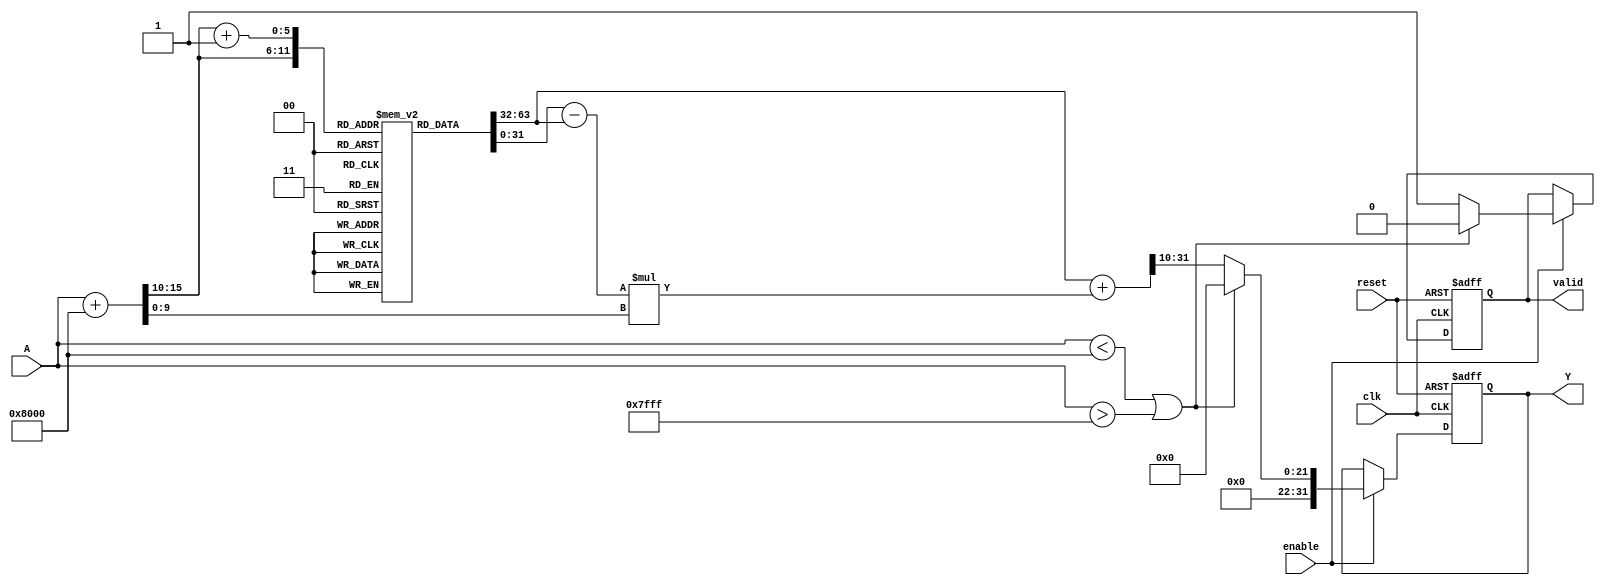
module acos_block (
    input wire clk,                  // Clock signal
    input wire reset,                // Reset signal
    input wire enable,               // Enable signal
    input wire signed [15:0] A,      // Input signal (cosine value) in Q1.15 format
    output reg signed [31:0] Y,       // Output signal (angle in radians) in Q1.31 format
    output reg valid                 // Output valid signal
);

    // LUT for acos values (limited resolution for demonstration)
    // This LUT contains precomputed acos values for specific input values
    reg signed [31:0] acos_lut [0:32]; // 33 entries for inputs from -1 to 1
    initial begin
        // Initialize the LUT with precomputed acos values (in radians)
        acos_lut[0]   = 3.141592653589793238; // acos(-1)
        acos_lut[1]   = 2.094395102393195492; // acos(-0.5)
        acos_lut[2]   = 1.570796326794896619; // acos(0)
        acos_lut[3]   = 1.047197551196597746; // acos(0.5)
        acos_lut[4]   = 0;                    // acos(1)
        // Fill in more values as needed for finer resolution
    end

    // Internal signals
    reg signed [15:0] input_scaled; // Scaled input for LUT indexing
    reg [5:0] lut_index;             // LUT index
    reg signed [31:0] lut_value1, lut_value2; // LUT values for interpolation
    reg [15:0] fraction;             // Fraction for interpolation
    reg signed [31:0] interpolated_value; // Final interpolated value

    // Input validation and LUT lookup
    always @(posedge clk or posedge reset) begin
        if (reset) begin
            Y <= 0;
            valid <= 0;
        end else if (enable) begin
            // Input validation
            if (A < -16'h8000 || A > 16'h7FFF) begin // Check if A is in range [-1, 1]
                Y <= 0; // Output error handling (could be another signal)
                valid <= 0;
            end else begin
                // Scale input from Q1.15 to LUT index
                input_scaled = A + 16'h8000; // Shift to [0, 32767] range
                lut_index = input_scaled >> 10; // Scale to index (0 to 32)

                // Perform LUT lookup
                lut_value1 = acos_lut[lut_index];
                lut_value2 = acos_lut[lut_index + 1];

                // Calculate fraction for interpolation
                fraction = input_scaled[9:0]; // Get the lower 10 bits for interpolation

                // Linear interpolation
                interpolated_value = lut_value1 + ((lut_value2 - lut_value1) * fraction) >> 10;

                // Assign output
                Y <= interpolated_value;
                valid <= 1;
            end
        end
    end

endmodule